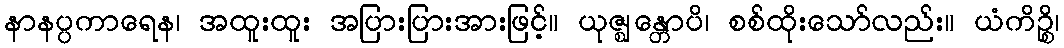
နာနပ္ပကာရေန၊ အထူးထူး အပြားပြားအားဖြင့်။ ယုဇ္ဈန္တောပိ၊ စစ်ထိုးသော်လည်း။ ယံကိဉ္စိ၊